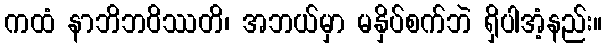
ကထံ နာဘိဘဝိဿတိ၊ အဘယ်မှာ မနှိပ်စက်ဘဲ ရှိပါအံ့နည်း။